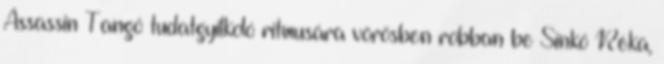
Assassin Tangó tudatgyilkoló ritmusára vörösben robban be Sinkó Réka,